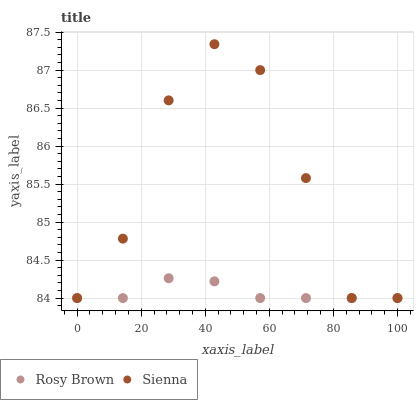
| xaxis_label | Rosy Brown | Sienna |
 | --- | --- | --- |
 | 0 | 84 | 84 |
 | 14.3 | 84 | 84.8 |
 | 28.6 | 84.3 | 86.6 |
 | 42.9 | 84.2 | 87.3 |
 | 57.1 | 84 | 87 |
 | 71.4 | 84 | 85.6 |
 | 85.7 | 84 | 84 |
 | 100 | 84 | 84 |